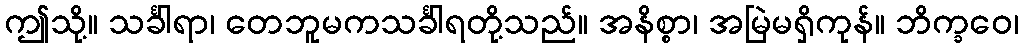
ဤသို့။ သင်္ခါရာ၊ တေဘူမကသင်္ခါရတို့သည်။ အနိစ္စာ၊ အမြဲမရှိကုန်။ ဘိက္ခဝေ၊